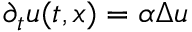
\partial _ { t } u ( t , x ) = \alpha \Delta u